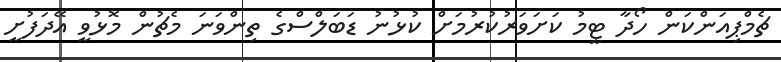
ޗެމްޕިއަންކަން ހޯދާ ޓީމު ކަށަވަރުކުރުމަށް ކުޅުނު ޑަބަލްސްގެ ތިންވަނަ މެޗުން މޮޅުވީ އޭދަފުށީ